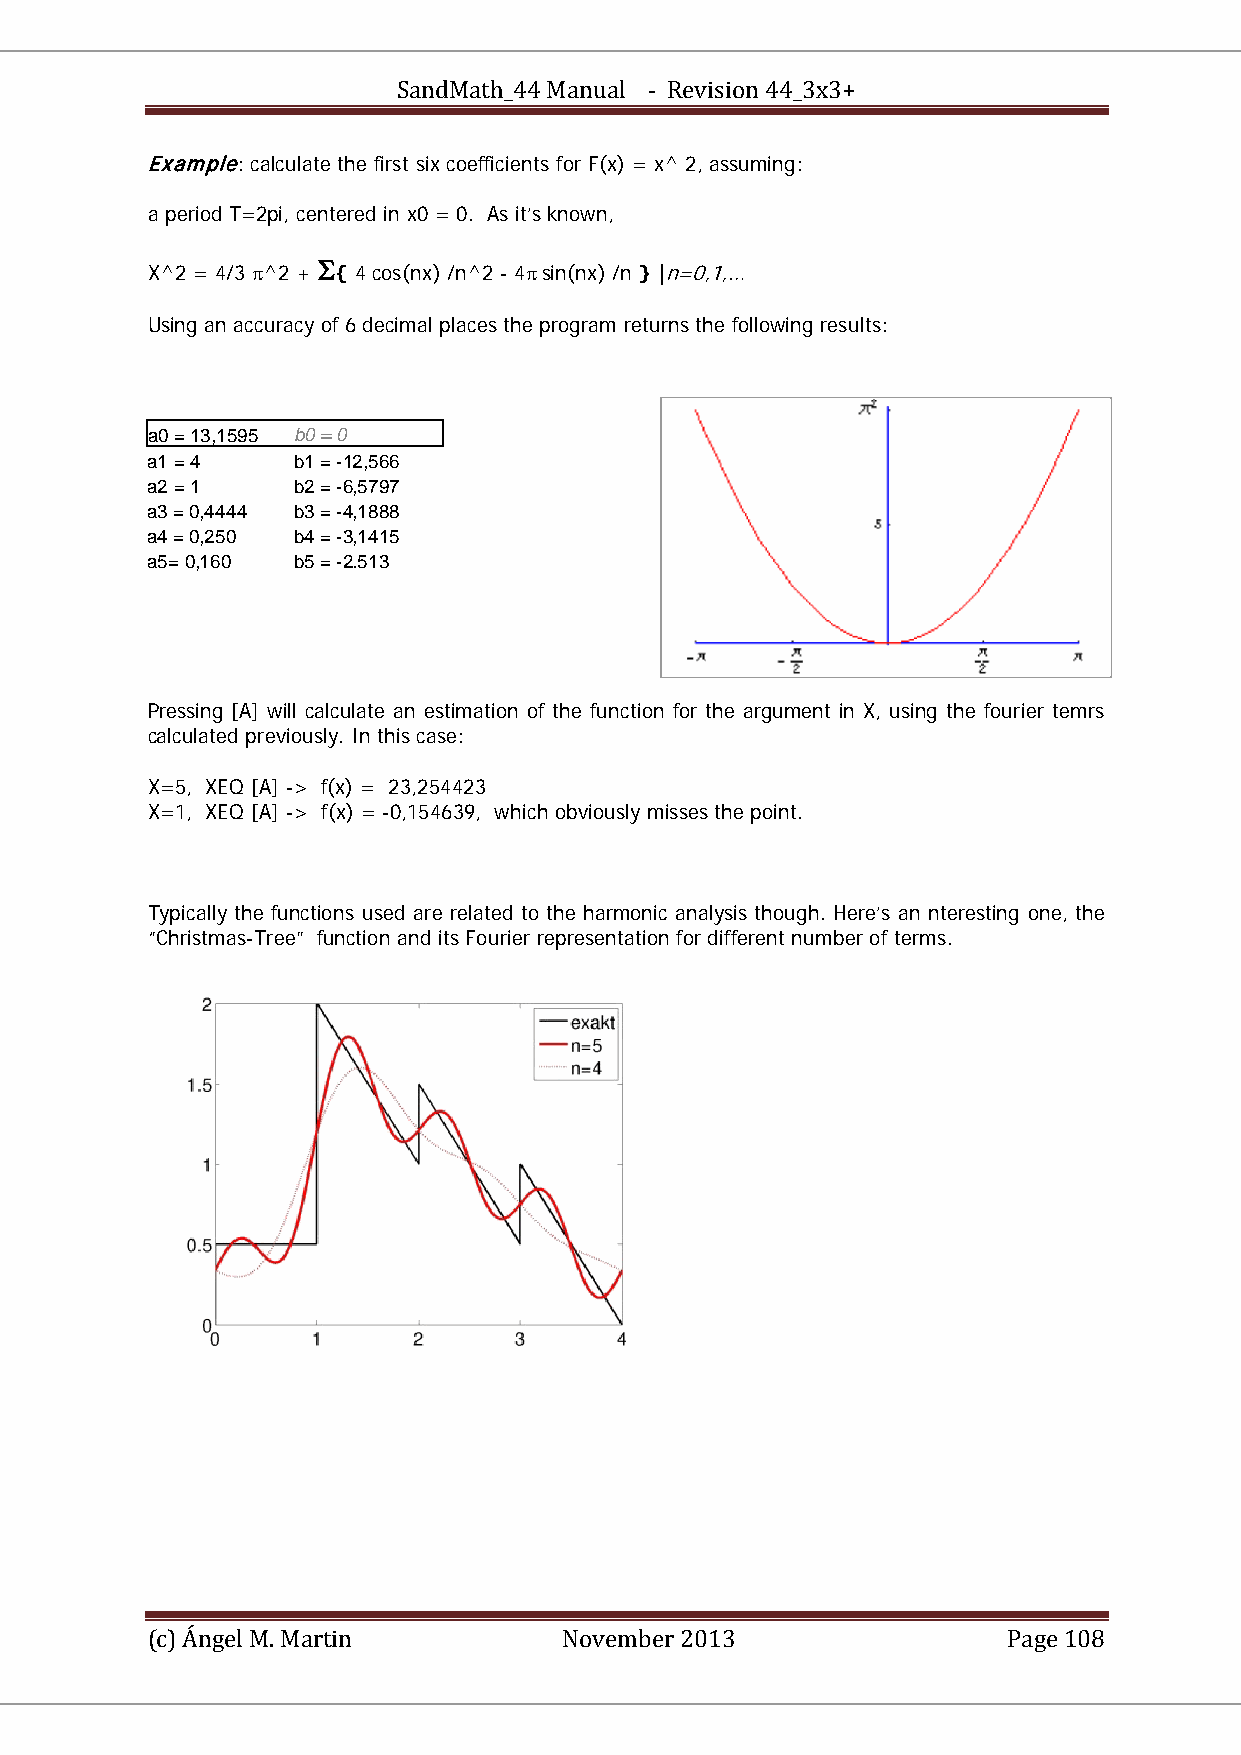
SandMath_44 Manual - Revision 44_3x3+
 Example: calculate the first six coefficients for F(x) = x^ 2, assuming:
 a period T=2pi, centered in x0 = 0. As it’s known,
 Σ
 X^2 = 4/3 π^2 + { 4 cos(nx) /n^2 - 4π sin(nx) /n } |n=0,1,…
 Using an accuracy of 6 decimal places the program returns the following results:
 a0 = 13,1595 b0 = 0
 a1 = 4   b1 = -12,566
 a2 = 1   b2 = -6,5797
 a3 = 0,4444 b3 = -4,1888
 a4 = 0,250 b4 = -3,1415
 a5= 0,160 b5 = -2.513
 Pressing [A] will calculate an estimation of the function for the argument in X, using the fourier temrs
 calculated previously. In this case:
 X=5, XEQ [A] -> f(x) = 23,254423
 X=1, XEQ [A] -> f(x) = -0,154639, which obviously misses the point.
 Typically the functions used are related to the harmonic analysis though. Here’s an nteresting one, the
 “Christmas-Tree” function and its Fourier representation for different number of terms.
 (c) Ángel M. Martin        November 2013                 Page 108